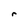
Character: r